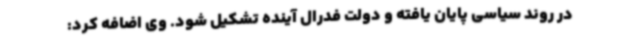
در روند سیاسی پایان یافته و دولت فدرال آینده تشکیل شود. وی اضافه کرد: